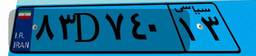
۰۴D۶۷۳۷۲